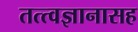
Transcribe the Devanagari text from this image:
तत्त्वज्ञानासह